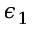
\epsilon _ { 1 }